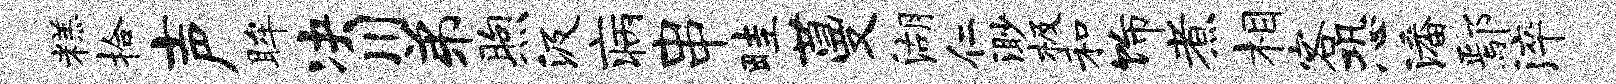
糕拾声眸决川弟煦汲病串畦蔓湖仁渺极和饰煮相客恐潘鄢淬